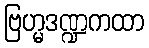
ဗြဟ္မဒဏ္ဍကထာ